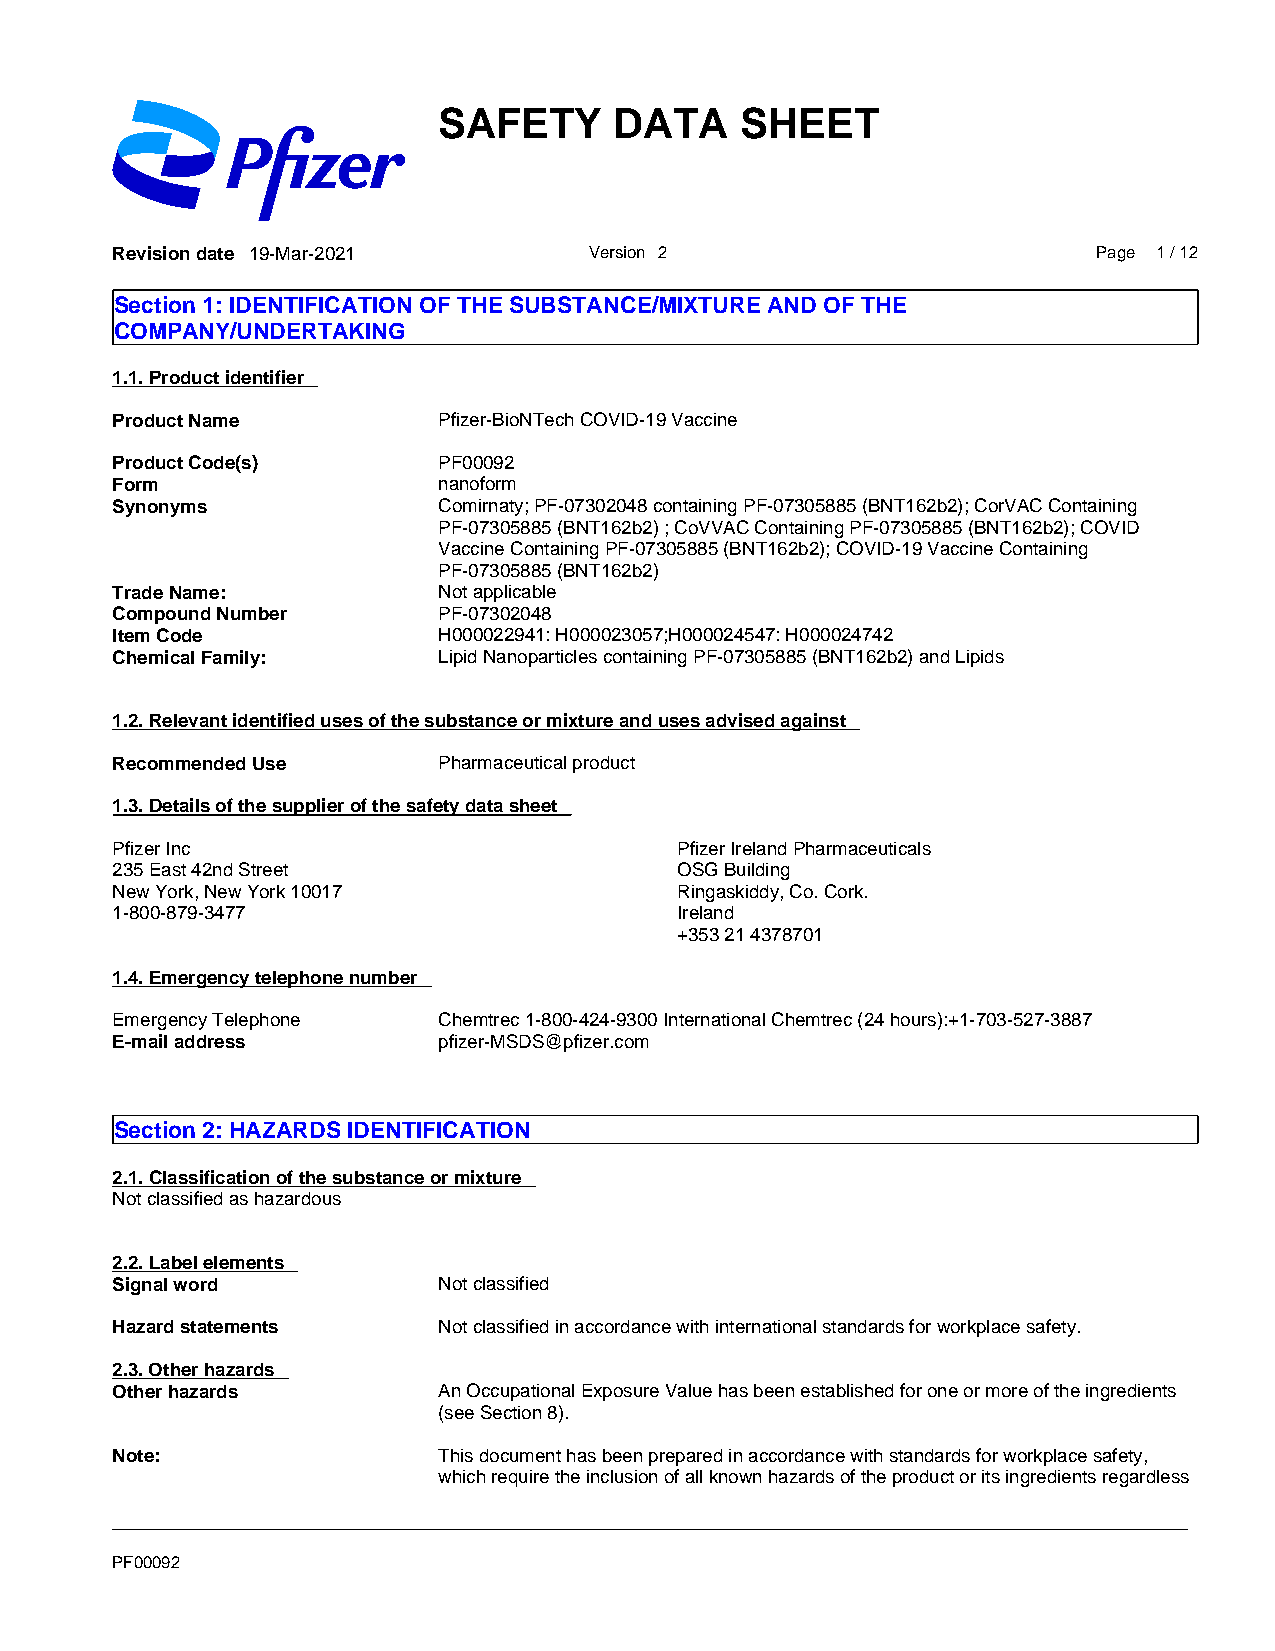
SAFETY      DATA    SHEET
 Revision date 19-Mar-2021       Version 2                         Page 1 / 12
 Section 1: IDENTIFICATION OF THE SUBSTANCE/MIXTURE AND OF THE
 COMPANY/UNDERTAKING
 1.1. Product identifier
 Product Name          Pfizer-BioNTech COVID-19 Vaccine
 Product Code(s)       PF00092
 Form                  nanoform
 Synonyms              Comirnaty; PF-07302048 containing PF-07305885 (BNT162b2); CorVAC Containing
 PF-07305885 (BNT162b2) ; CoVVAC Containing PF-07305885 (BNT162b2); COVID
 Vaccine Containing PF-07305885 (BNT162b2); COVID-19 Vaccine Containing
 PF-07305885 (BNT162b2)
 Trade Name:           Not applicable
 Compound Number       PF-07302048
 Item Code             H000022941: H000023057;H000024547: H000024742
 Chemical Family:      Lipid Nanoparticles containing PF-07305885 (BNT162b2) and Lipids
 1.2. Relevant identified uses of the substance or mixture and uses advised against
 Recommended Use       Pharmaceutical product
 1.3. Details of the supplier of the safety data sheet
 Pfizer Inc                            Pfizer Ireland Pharmaceuticals
 235 East 42nd Street                  OSG Building
 New York, New York 10017              Ringaskiddy, Co. Cork.
 1-800-879-3477                        Ireland
 +353 21 4378701
 1.4. Emergency telephone number
 Emergency Telephone   Chemtrec 1-800-424-9300 International Chemtrec (24 hours):+1-703-527-3887
 E-mail address        pfizer-MSDS@pfizer.com
 Section 2: HAZARDS IDENTIFICATION
 2.1. Classification of the substance or mixture
 Not classified as hazardous
 2.2. Label elements
 Signal word           Not classified
 Hazard statements     Not classified in accordance with international standards for workplace safety.
 2.3. Other hazards
 Other hazards         An Occupational Exposure Value has been established for one or more of the ingredients
 (see Section 8).
 Note:                 This document has been prepared in accordance with standards for workplace safety,
 which require the inclusion of all known hazards of the product or its ingredients regardless
 _____________________________________________________________________________________________
 PF00092